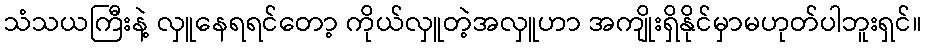
သံသယကြီးနဲ့ လှူနေရရင်တော့ ကိုယ်လှူတဲ့အလှူဟာ အကျိုးရှိနိုင်မှာမဟုတ်ပါဘူးရှင်။